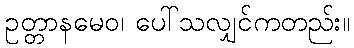
ဥတ္တာနမေဝ၊ ပေါ်သလျှင်ကတည်း။